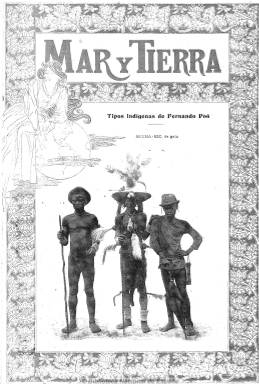
Título: Mar y tierra (Barcelona. 1900)
Colección: Revistas de información general
Ámbito geográfico: Barcelona
Lugar de publicación: Barcelona
Fechas: 03/02/1900-16/03/1901

Subtitulada “ilustración popular enciclopédica”, es una revista que comienza a aparecer los sábados a partir de tres de febrero de 1900, en Barcelona, en números de dieciséis páginas, con textos de divulgación y de carácter literario, acompañados de grabados y fotografías, y dirigida a un público amplio y curioso tanto de las clases populares como burguesas, de todas las edades y sexos, vendida asimismo a un precio considerado popular. Su diseño es modernista y da cuenta de acontecimientos de actualidad, inventos, descubrimientos, curiosidades, viajes, aventuras, acontecimientos teatrales, conocimientos útiles, ciencia amena, música, bellas artes, modas, tradiciones y usos, fiestas, pasatiempos y narraciones cortas y cuentos, así como biografías, vistas y descripciones de países y ciudades. También inserta publicidad comercial. Su portada la ocupa casi siempre la fotografía de una dama, bajo el epígrafe de bellezas artísticas o teatrales, y estampada a veces a varias tintas. Llegará a aumentar su paginación hasta la veintena de páginas. El último número de la colección corresponde al 16 de marzo de 1901, por lo que duró prácticamente un año.

Imágenes cedidas por TECNODOC.